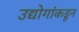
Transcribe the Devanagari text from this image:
उद्योगांकडून